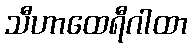
သီဟာထေရီဂါထာ